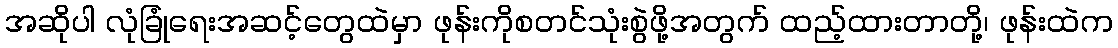
အဆိုပါ လုံခြုံရေးအဆင့်တွေထဲမှာ ဖုန်းကိုစတင်သုံးစွဲဖို့အတွက် ထည့်ထားတာတို့၊ ဖုန်းထဲက